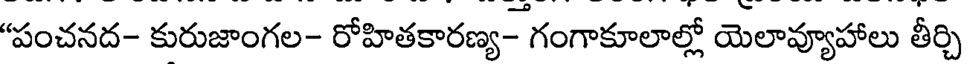
"పంచనద- కురుజాంగల- రోహితకారణ్య- గంగాకూలాల్లో యెలావ్యూహాలు తీర్చి